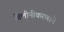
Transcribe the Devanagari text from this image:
विलीनीकरणाने